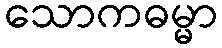
သောကဓမ္မာ